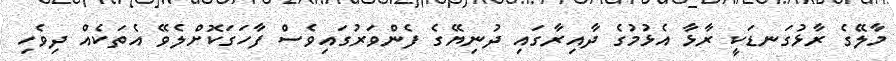
މާލޭގެ ރާޅުގަނޑަކީ ރާޅާ އެޅުމުގެ ދާއިރާގައި ދުނިޔޭގެ ފެންވަރުގައިވެސް ފާހަގަކޮށްލެވޭ އެތަކެއް ދިވެހި